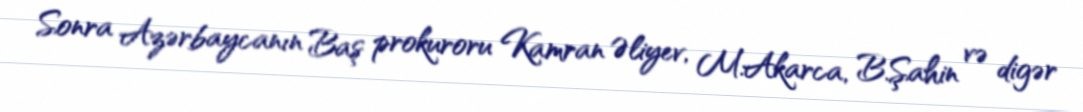
Sonra Azərbaycanın Baş prokuroru Kamran Əliyev, M.Akarca, B.Şahin və digər